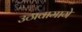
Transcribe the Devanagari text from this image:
उठावामागे